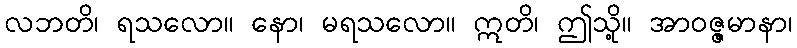
လဘတိ၊ ရသလော။ နော၊ မရသလော။ ဣတိ၊ ဤသို့။ အာဝဇ္ဇမာနာ၊